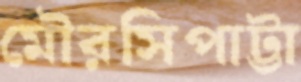
মৌরসিপাট্টা